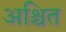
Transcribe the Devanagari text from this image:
अश्चित